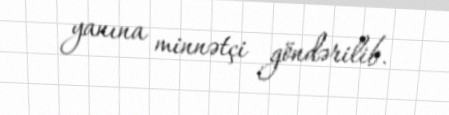
yanına minnətçi göndərilib.